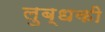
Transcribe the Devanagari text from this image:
लुब्धकी